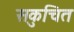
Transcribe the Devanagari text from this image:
सकुचित